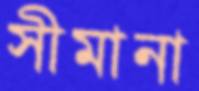
সীমানা